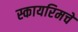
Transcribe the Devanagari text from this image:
स्कायरिमचे